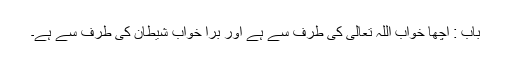
باب : اچھا خواب اللہ تعالیٰ کی طرف سے ہے اور برا خواب شیطان کی طرف سے ہے۔